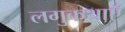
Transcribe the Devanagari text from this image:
लगुकथाएँ